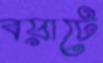
বয়াটে